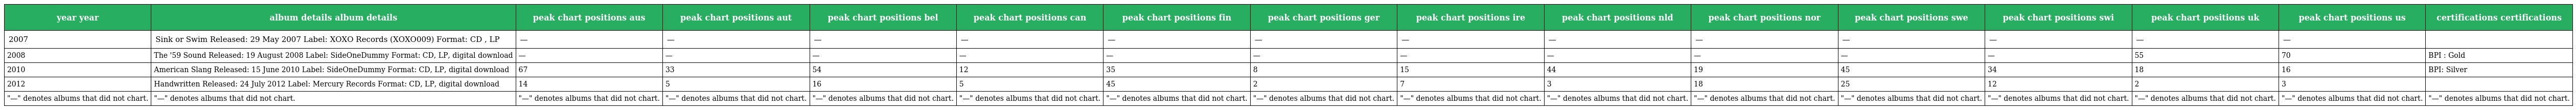
| year year | album details album details | peak chart positions aus | peak chart positions aut | peak chart positions bel | peak chart positions can | peak chart positions fin | peak chart positions ger | peak chart positions ire | peak chart positions nld | peak chart positions nor | peak chart positions swe | peak chart positions swi | peak chart positions uk | peak chart positions us | certifications certifications |
 | --- | --- | --- | --- | --- | --- | --- | --- | --- | --- | --- | --- | --- | --- | --- | --- |
 | 2007 | Sink or Swim Released: 29 May 2007 Label: XOXO Records (XOXO009) Format: CD , LP | — | — | — | — | — | — | — | — | — | — | — | — | — |  |
 | 2008 | The '59 Sound Released: 19 August 2008 Label: SideOneDummy Format: CD, LP, digital download | — | — | — | — | — | — | — | — | — | — | — | 55 | 70 | BPI : Gold |
 | 2010 | American Slang Released: 15 June 2010 Label: SideOneDummy Format: CD, LP, digital download | 67 | 33 | 54 | 12 | 35 | 8 | 15 | 44 | 19 | 45 | 34 | 18 | 16 | BPI: Silver |
 | 2012 | Handwritten Released: 24 July 2012 Label: Mercury Records Format: CD, LP, digital download | 14 | 5 | 16 | 5 | 45 | 2 | 7 | 3 | 18 | 25 | 12 | 2 | 3 |  |
 | "—" denotes albums that did not chart. | "—" denotes albums that did not chart. | "—" denotes albums that did not chart. | "—" denotes albums that did not chart. | "—" denotes albums that did not chart. | "—" denotes albums that did not chart. | "—" denotes albums that did not chart. | "—" denotes albums that did not chart. | "—" denotes albums that did not chart. | "—" denotes albums that did not chart. | "—" denotes albums that did not chart. | "—" denotes albums that did not chart. | "—" denotes albums that did not chart. | "—" denotes albums that did not chart. | "—" denotes albums that did not chart. | "—" denotes albums that did not chart. |